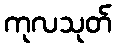
ကုလသုတ်